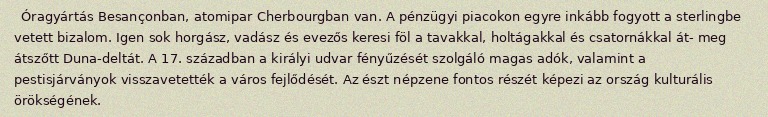
Óragyártás Besançonban, atomipar Cherbourgban van. A pénzügyi piacokon egyre inkább fogyott a sterlingbe vetett bizalom. Igen sok horgász, vadász és evezős keresi föl a tavakkal, holtágakkal és csatornákkal át- meg átszőtt Duna-deltát. A 17. században a királyi udvar fényűzését szolgáló magas adók, valamint a pestisjárványok visszavetették a város fejlődését. Az észt népzene fontos részét képezi az ország kulturális örökségének.